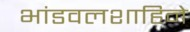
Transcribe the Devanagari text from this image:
भांडवलशाहिने